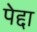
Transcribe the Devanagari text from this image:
पेद्दा